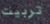
تربيت